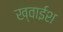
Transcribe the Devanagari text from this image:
ख्वाईश